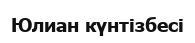
Юлиан күнтізбесі